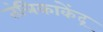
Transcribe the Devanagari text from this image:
तंत्रिकाकेंद्र